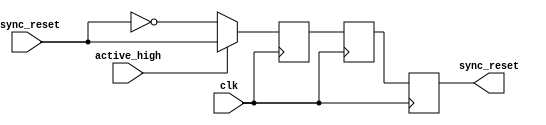
module async_reset_synchronizer (
    input wire clk,                // Clock signal
    input wire async_reset,        // Asynchronous reset signal (active high or low)
    input wire active_high,        // If 1, reset is active high; if 0, reset is active low
    output reg sync_reset          // Synchronized reset signal
);

    // Internal signals for the two flip-flops
    reg ff1, ff2;

    // Synchronize the asynchronous reset signal
    always @(posedge clk) begin
        // Capture the state of the asynchronous reset
        if (active_high) begin
            ff1 <= async_reset;  // Capture active high reset
        end else begin
            ff1 <= ~async_reset;  // Capture active low reset
        end
        ff2 <= ff1;               // Second flip-flop for stabilization
    end

    // Output the synchronized reset signal
    always @(posedge clk) begin
        sync_reset <= ff2;        // Output the synchronized reset signal
    end

endmodule